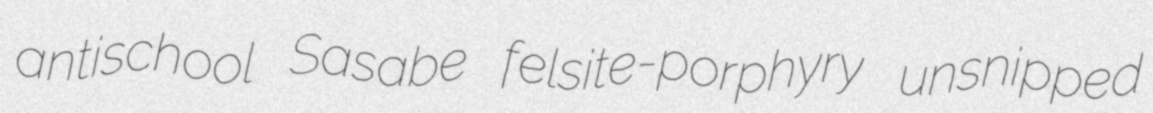
antischool Sasabe felsite-porphyry unsnipped